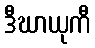
ဒီဃာယုကီ